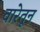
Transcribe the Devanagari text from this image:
वारेतून